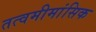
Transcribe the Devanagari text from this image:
तत्वमीमांसिक